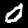
Digit: 0